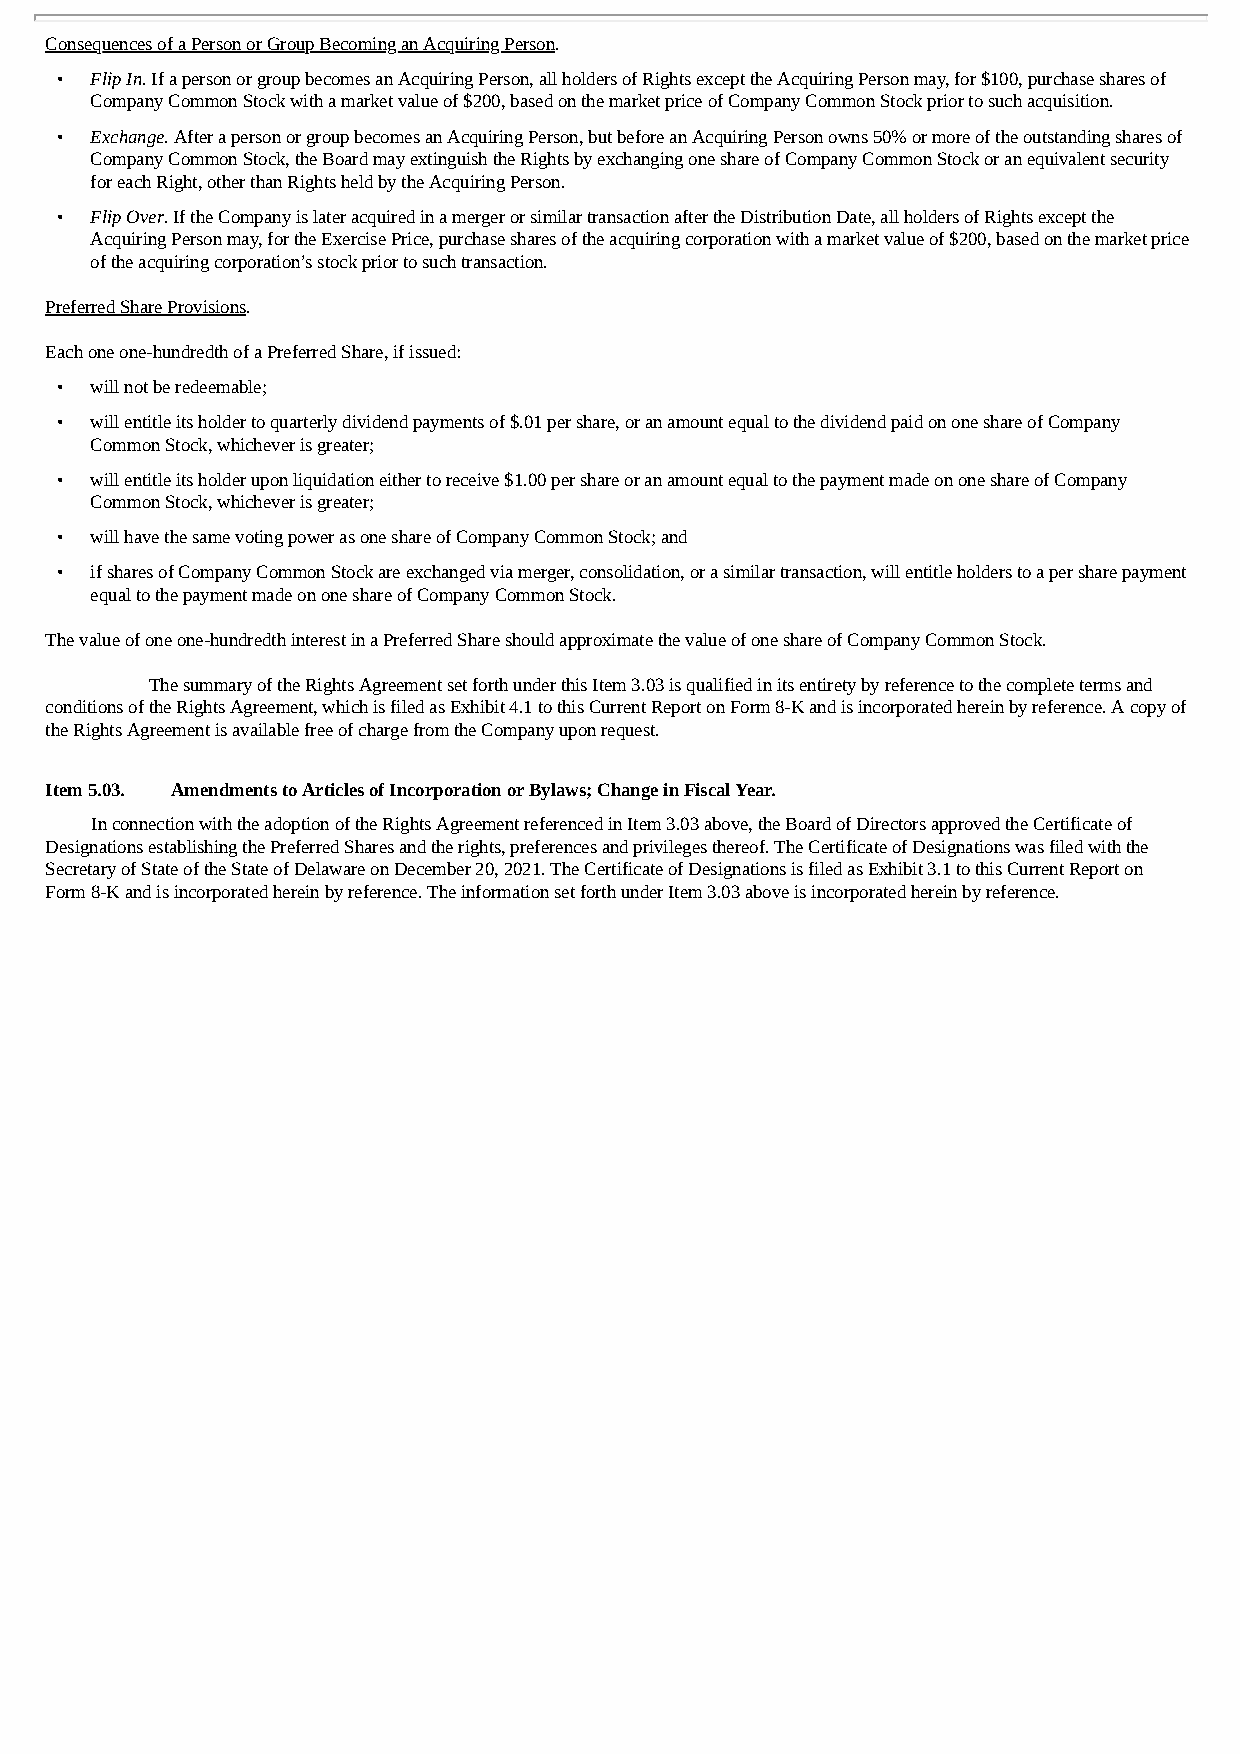
Consequences of a Person or Group Becoming an Acquiring Person.
 • Flip In. If a person or group becomes an Acquiring Person, all holders of Rights except the Acquiring Person may, for $100, purchase shares of
 Company Common Stock with a market value of $200, based on the market price of Company Common Stock prior to such acquisition.
 • Exchange. After a person or group becomes an Acquiring Person, but before an Acquiring Person owns 50% or more of the outstanding shares of
 Company Common Stock, the Board may extinguish the Rights by exchanging one share of Company Common Stock or an equivalent security
 for each Right, other than Rights held by the Acquiring Person.
 • Flip Over. If the Company is later acquired in a merger or similar transaction after the Distribution Date, all holders of Rights except the
 Acquiring Person may, for the Exercise Price, purchase shares of the acquiring corporation with a market value of $200, based on the market price
 of the acquiring corporation’s stock prior to such transaction.
 Preferred Share Provisions.
 Each one one-hundredth of a Preferred Share, if issued:
 • will not be redeemable;
 • will entitle its holder to quarterly dividend payments of $.01 per share, or an amount equal to the dividend paid on one share of Company
 Common Stock, whichever is greater;
 • will entitle its holder upon liquidation either to receive $1.00 per share or an amount equal to the payment made on one share of Company
 Common Stock, whichever is greater;
 • will have the same voting power as one share of Company Common Stock; and
 • if shares of Company Common Stock are exchanged via merger, consolidation, or a similar transaction, will entitle holders to a per share payment
 equal to the payment made on one share of Company Common Stock.
 The value of one one-hundredth interest in a Preferred Share should approximate the value of one share of Company Common Stock.
 The summary of the Rights Agreement set forth under this Item 3.03 is qualified in its entirety by reference to the complete terms and
 conditions of the Rights Agreement, which is filed as Exhibit 4.1 to this Current Report on Form 8-K and is incorporated herein by reference. A copy of
 the Rights Agreement is available free of charge from the Company upon request.
 Item 5.03. Amendments to Articles of Incorporation or Bylaws; Change in Fiscal Year.
 In connection with the adoption of the Rights Agreement referenced in Item 3.03 above, the Board of Directors approved the Certificate of
 Designations establishing the Preferred Shares and the rights, preferences and privileges thereof. The Certificate of Designations was filed with the
 Secretary of State of the State of Delaware on December 20, 2021. The Certificate of Designations is filed as Exhibit 3.1 to this Current Report on
 Form 8-K and is incorporated herein by reference. The information set forth under Item 3.03 above is incorporated herein by reference.